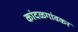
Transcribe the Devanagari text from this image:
कांदळगांवकर